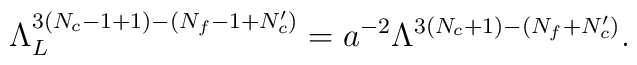
\Lambda_L^{3(N_c-1+1)-(N_f-1+N_c')}=a^{-2}\Lambda^{3(N_c+1)-(N_f+N_c')}.